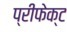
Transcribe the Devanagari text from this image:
प्रीफेक्ट